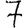
Digit: 7